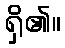
ရှိ၏။